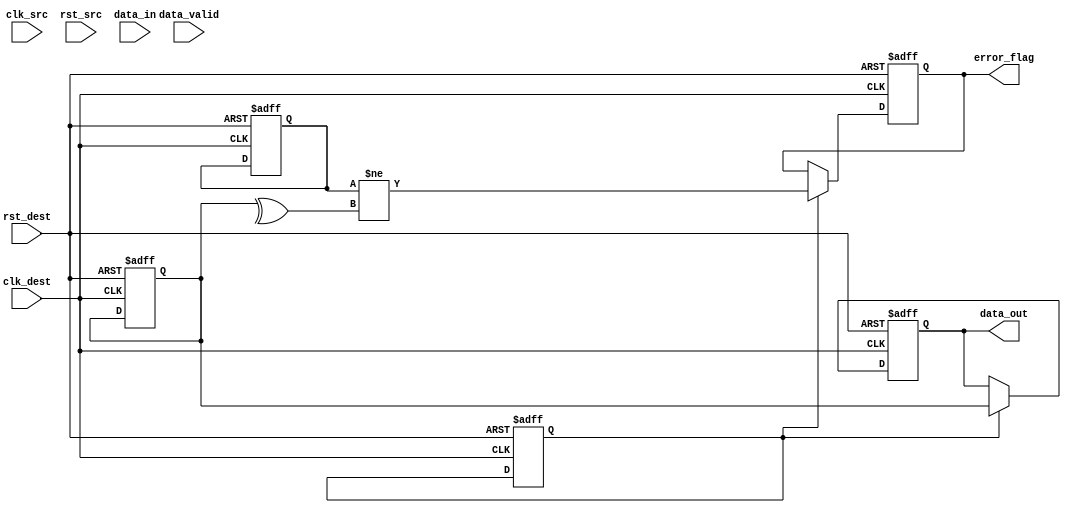
module cdc_memory_blocks (
    input wire clk_src,               // Source clock
    input wire clk_dest,              // Destination clock
    input wire rst_src,               // Asynchronous reset for source domain
    input wire rst_dest,              // Asynchronous reset for destination domain
    input wire [7:0] data_in,         // Data input from source domain
    input wire data_valid,             // Valid signal for data input
    output reg [7:0] data_out,        // Data output to destination domain
    output reg error_flag              // Error flag for parity check
);

    // Internal signals
    reg [7:0] data_reg;
    reg parity_bit;
    reg [7:0] data_sync;
    reg parity_sync;
    reg data_valid_sync;

    // Parity generation in source clock domain
    always @(posedge clk_src or posedge rst_src) begin
        if (rst_src) begin
            data_reg <= 8'b0;
            parity_bit <= 1'b0;
        end else if (data_valid) begin
            data_reg <= data_in;
            parity_bit <= ^data_in; // Even parity generation
        end
    end

    // Synchronization to destination clock domain
    always @(posedge clk_dest or posedge rst_dest) begin
        if (rst_dest) begin
            data_sync <= 8'b0;
            parity_sync <= 1'b0;
            data_valid_sync <= 1'b0;
        end else begin
            // Dual flip-flop synchronizers
            data_sync <= data_reg; // First flip-flop
            parity_sync <= parity_bit; // First flip-flop
            data_valid_sync <= data_valid; // First flip-flop

            // Second flip-flop
            data_sync <= data_sync; // Second flip-flop
            parity_sync <= parity_sync; // Second flip-flop
            data_valid_sync <= data_valid_sync; // Second flip-flop
        end
    end

    // Error detection in destination clock domain
    always @(posedge clk_dest or posedge rst_dest) begin
        if (rst_dest) begin
            data_out <= 8'b0;
            error_flag <= 1'b0;
        end else if (data_valid_sync) begin
            data_out <= data_sync; // Output the synchronized data
            // Check parity
            error_flag <= (parity_sync != ^data_sync); // Compare received parity with computed parity
        end
    end

endmodule